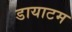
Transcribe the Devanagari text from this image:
डायाटम